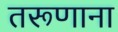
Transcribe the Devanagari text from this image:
तरूणाना